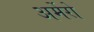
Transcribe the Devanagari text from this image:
अर्मेरो